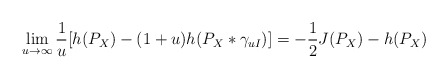
\begin{align*}\lim_{u\to\infty}\frac1{u}[h(P_X)-(1+u)h(P_X*\gamma_{uI})]&=-\frac1{2}J(P_X)-h(P_X) \end{align*}